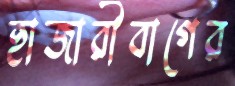
হাজারীবাগের